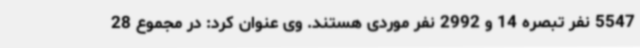
5547 نفر تبصره 14 و 2992 نفر موردی هستند. وی عنوان کرد: در مجموع 28